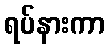
ရပ်နားကာ